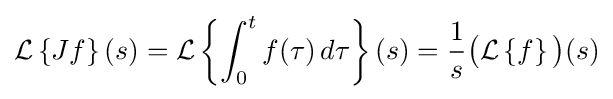
{\mathcal {L}}\left\{Jf\right\}(s)={\mathcal {L}}\left\{\int _{0}^{t}f(\tau )\,d\tau \right\}(s)={\frac {1}{s}}{\bigl (}{\mathcal {L}}\left\{f\right\}{\bigr )}(s)